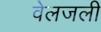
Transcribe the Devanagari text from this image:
वेलजली